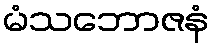
မံသဘောဇနံ